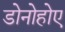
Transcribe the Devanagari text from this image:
डोनोहोए